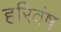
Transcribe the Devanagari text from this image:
हरिवंष